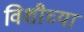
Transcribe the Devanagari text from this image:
विशीच्या